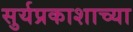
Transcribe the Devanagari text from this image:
सुर्यप्रकाशाच्या